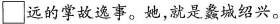
\square远的掌故逸事。她，就是蠡城绍兴。